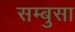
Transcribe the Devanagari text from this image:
सम्बुसा